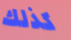
كذلك